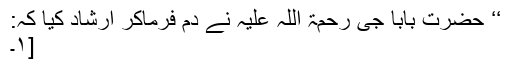
‘‘ حضرت بابا جی رحمۃ اللہ علیہ نے دم فرماکر ارشاد کیا کہ:
[۱۔